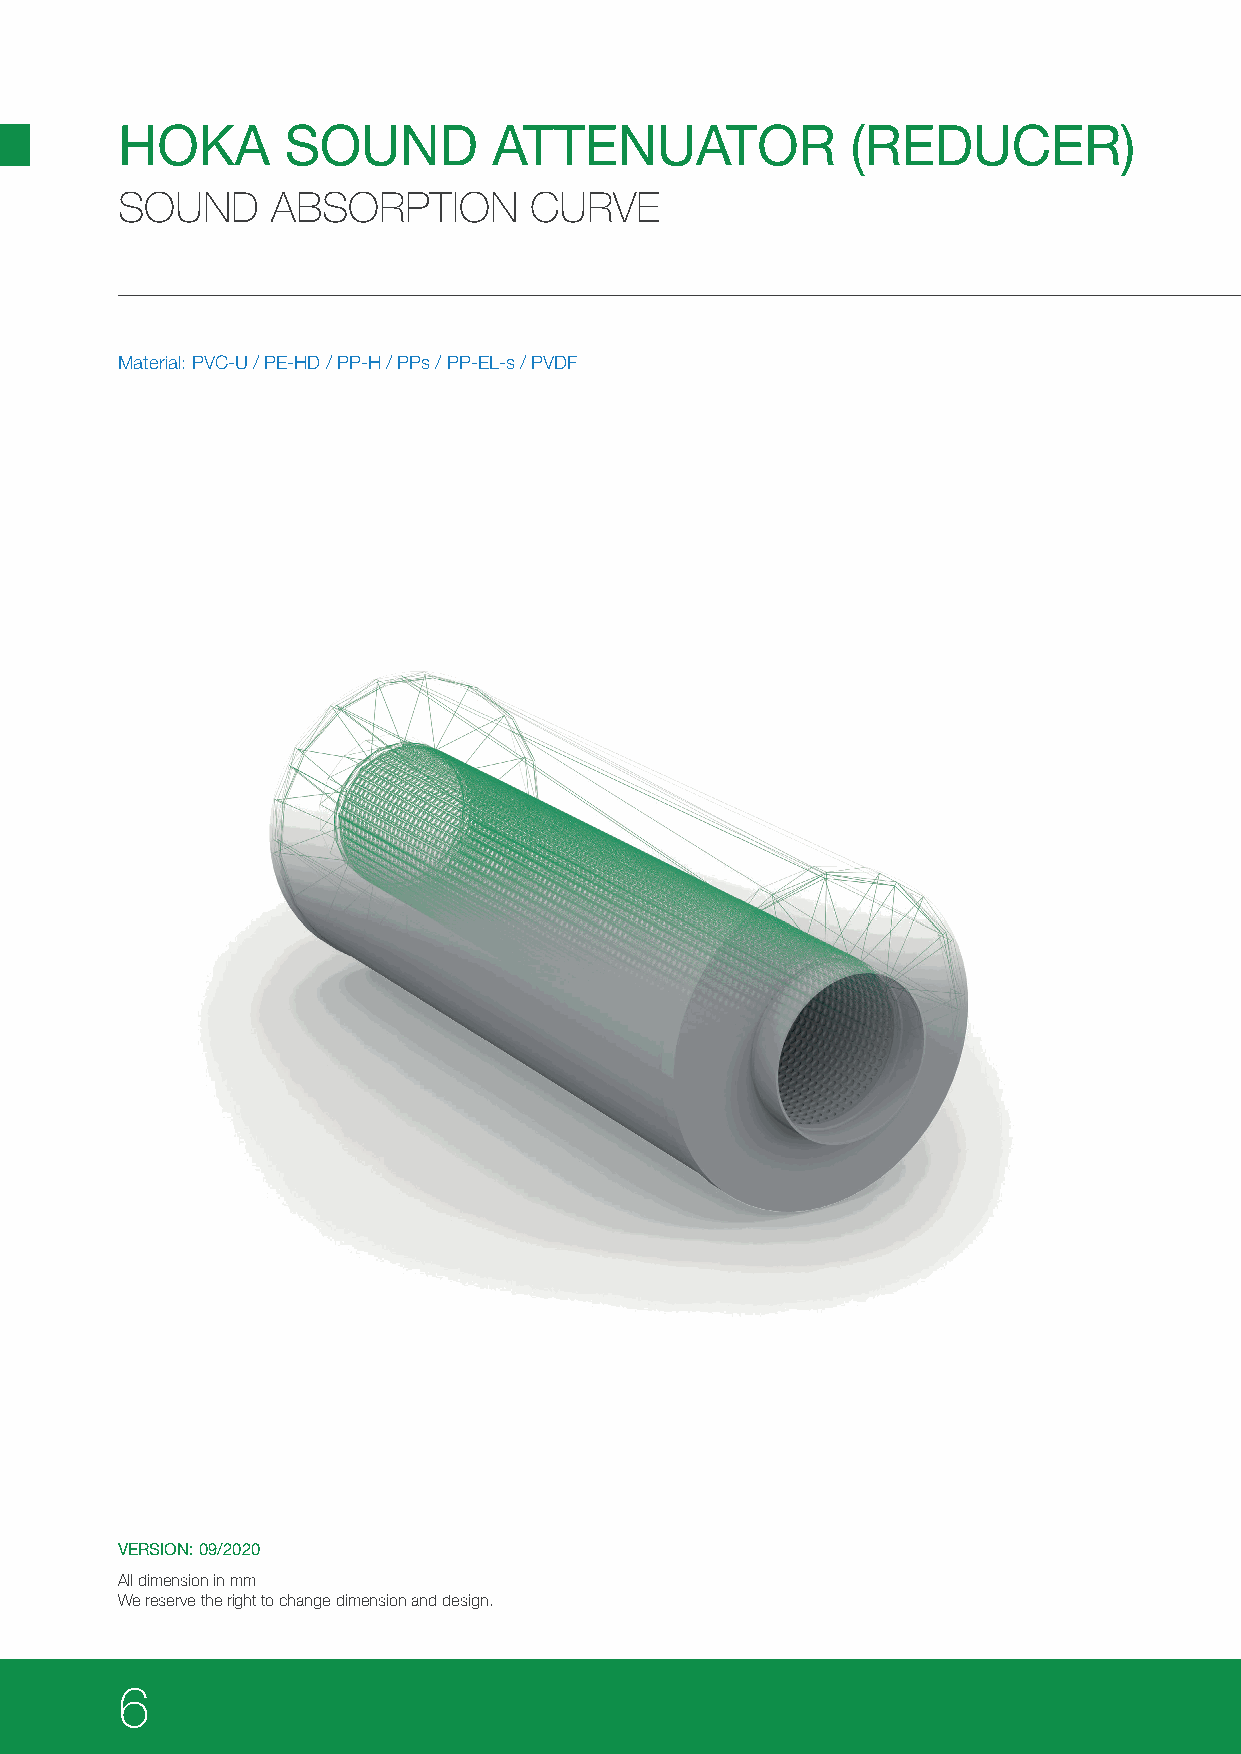
HOKA       SOUND         ATTENUATOR             (REDUCER)
 SOUND     ABSORPTION       CURVE
 Material: PVC-U / PE-HD / PP-H / PPs / PP-EL-s / PVDF
 VERSION: 09/2020
 All dimension in mm
 We reserve the right to change dimension and design.
 6